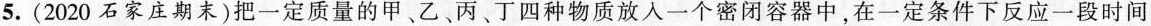
5.（2020石家庄期末）把一定质量的甲、乙、丙、丁四种物质放入一个密闭容器中，在一定条件下反应一段时间